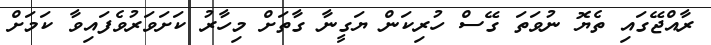
ރާއްޖޭގައި ތެޔޮ ނުވަތަ ގޭސް ހުރިކަން ޔަގީނާ ގާތަށް މިހާރު ކަށަވަރުވެފައިވާ ކަމަށް